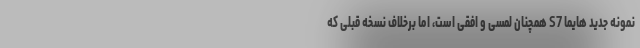
نمونه جدید هایما S7 همچنان لمسی و افقی است، اما برخلاف نسخه قبلی که